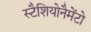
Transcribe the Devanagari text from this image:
स्टैशियोनैमेंटो